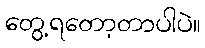
တွေ့ရတော့တာပါပဲ။